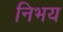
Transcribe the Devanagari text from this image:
निभय